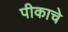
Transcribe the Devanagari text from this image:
पीकाचे